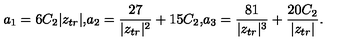
a _ { 1 } = 6 C _ { 2 } | z _ { t r } | \mathrm { , } a _ { 2 } = \frac { 2 7 } { | z _ { t r } | ^ { 2 } } + 1 5 C _ { 2 } \mathrm { , } a _ { 3 } = \frac { 8 1 } { | z _ { t r } | ^ { 3 } } + \frac { 2 0 C _ { 2 } } { | z _ { t r } | } .